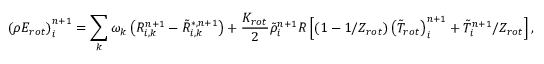
\left( { \rho { E _ { r o t } } } \right) _ { i } ^ { n + 1 } = \sum _ { k } { { \omega _ { k } } \left( { R _ { i , k } ^ { n + 1 } - \tilde { R } _ { i , k } ^ { * , n + 1 } } \right) } + \frac { { { K _ { r o t } } } } { 2 } \tilde { \rho } _ { i } ^ { n + 1 } R \left[ { \left( { 1 - { 1 \mathord { \left/ { \vphantom { 1 { { Z _ { r o t } } } } } \right. \kern - \nulldelimiterspace } { { Z _ { r o t } } } } } \right) \left( { { { \tilde { T } } _ { r o t } } } \right) _ { i } ^ { n + 1 } + { { \tilde { T } _ { i } ^ { n + 1 } } \mathord { \left/ { \vphantom { { \tilde { T } _ { i } ^ { n + 1 } } { { Z _ { r o t } } } } } \right. \kern - \nulldelimiterspace } { { Z _ { r o t } } } } } \right] ,